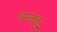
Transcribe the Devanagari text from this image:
पन्तलू